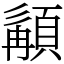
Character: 𩓿